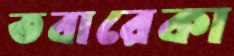
তবারেকা